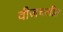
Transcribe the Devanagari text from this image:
वीजचलीत